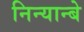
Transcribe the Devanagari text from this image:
निन्यान्बे